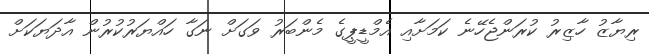
ރިޔާޒު ހާޒިރު ކުރަންޖެހޭނެ ކަމަށާއި އެމްޑީޕީގެ މެންބަރު ވަގަށް ނަގާ ހައްޔަރުކުރުން އާދަޔަކަށް